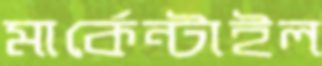
মার্কেন্টাইল